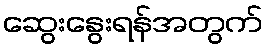
ဆွေးနွေးရန်အတွက်